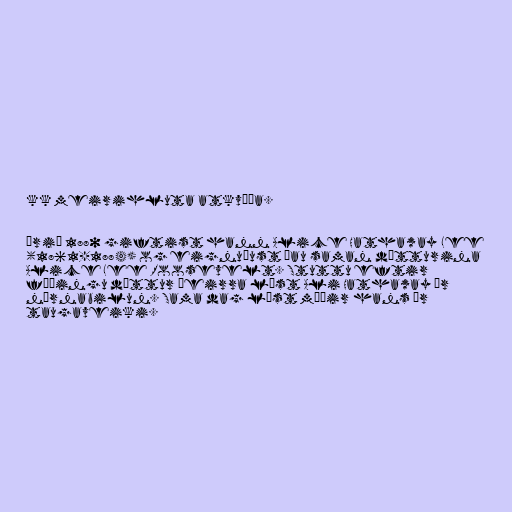
kk meirihluta atkvæða.

Árið 1880 giftist hann Alice Hathaway Lee
(1861-1884) og eignuðust þau saman dótturina
Alice Lee Roosevelt. Stuttu eftir
fæðingu dóttur þeirra lést Ali Hathaway úr
nýrnabilun. Sama dag lést móðir hans úr
taugaveiki.